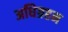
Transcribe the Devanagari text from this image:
अधिग्रहन